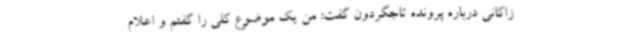
زاکانی درباره پرونده تاجگردون گفت: من یک موضوع کلی را گفتم و اعلام